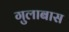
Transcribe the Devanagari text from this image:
गुलाबास